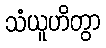
သံယူဟိတွာ